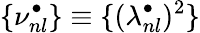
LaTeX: {\{ \nu_{nl}^{\bullet}\} \equiv\{ (\lambda_{nl}^{\bullet})^{2}\} }